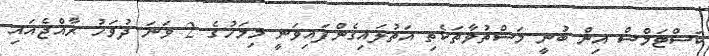
ކަސްޓަމްސް އިން ބުނީ މަސްތުވާތަކެތި އަތުލައިގެންފައިވަނީ މިމަހުގެ 2 ވަނަ ދުވަހު ރާއްޖެއައި